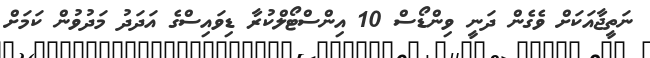
ނަތީޖާއަކަށް ވެގެން ދަނީ ވިންޑޯސް 10 އިންސްޓޯލްކުރާ ޑިވައިސްގެ އަދަދު މަދުވުން ކަމަށް